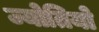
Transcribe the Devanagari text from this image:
ज्योतियो